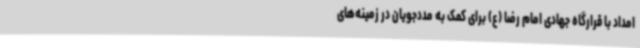
امداد با قرارگاه جهادی امام رضا (ع) برای کمک به مددجویان در زمینه‌های